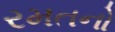
રમતનો